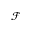
\mathcal { F }